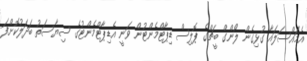
އެމައްސަލައާ ގުޅިގެން ލޯންގް ބީޗްގެ ޕޮލިސް ޑިޕާޓްމެންޓުން ވަނީ އެޑިޕާޓްމެންޓުގެ ސިޔާސަތު ބަދަލުކޮށްފަ